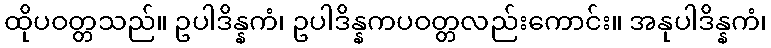
ထိုပဝတ္တသည်။ ဥပါဒိန္နကံ၊ ဥပါဒိန္နကပဝတ္တလည်းကောင်း။ အနုပါဒိန္နကံ၊